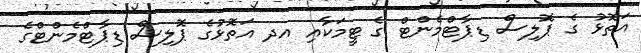
އަތޮޅު ގެ ޕޮލިސް ޑިޕާޓްމެންޓް ގެ ޓީމަކާއި އދ އަތޮޅުގެ ޕޮލިސް ޑިޕާޓްްމެންޓްގެ